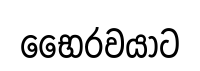
භෛරවයාට